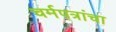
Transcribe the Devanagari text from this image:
चर्मपत्रांचा